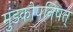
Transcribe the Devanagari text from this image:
मुंडकोपनिषत्